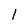
Character: 1